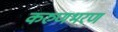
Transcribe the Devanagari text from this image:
करुणभरण